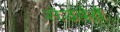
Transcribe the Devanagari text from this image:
सेउदेते